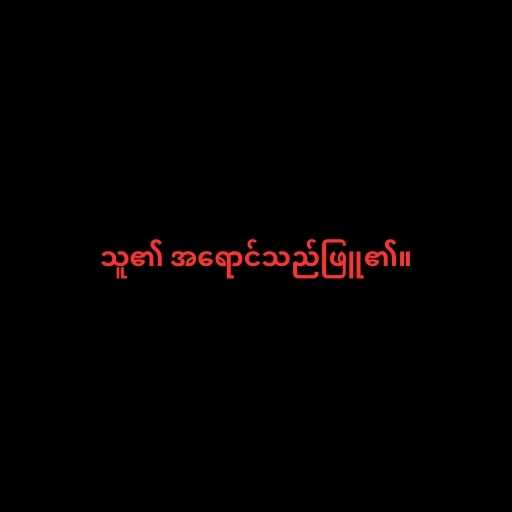
သူ၏ အရောင်သည်ဖြူ၏။